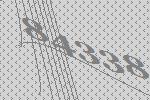
84338